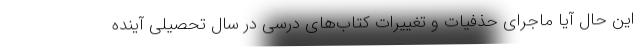
این حال آیا ماجرای حذفیات و تغییرات کتاب‌های درسی در سال تحصیلی آینده